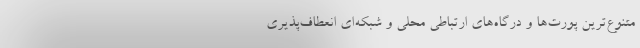
متنوع‌ترین پورت‌ها و درگاه‌های ارتباطی محلی و شبکه‌ای انعطاف‌پذیری